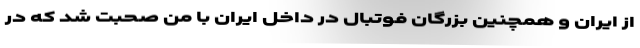
از ایران و همچنین بزرگان فوتبال در داخل ایران با من صحبت شد که در